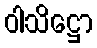
ဝါသိဋ္ဌော